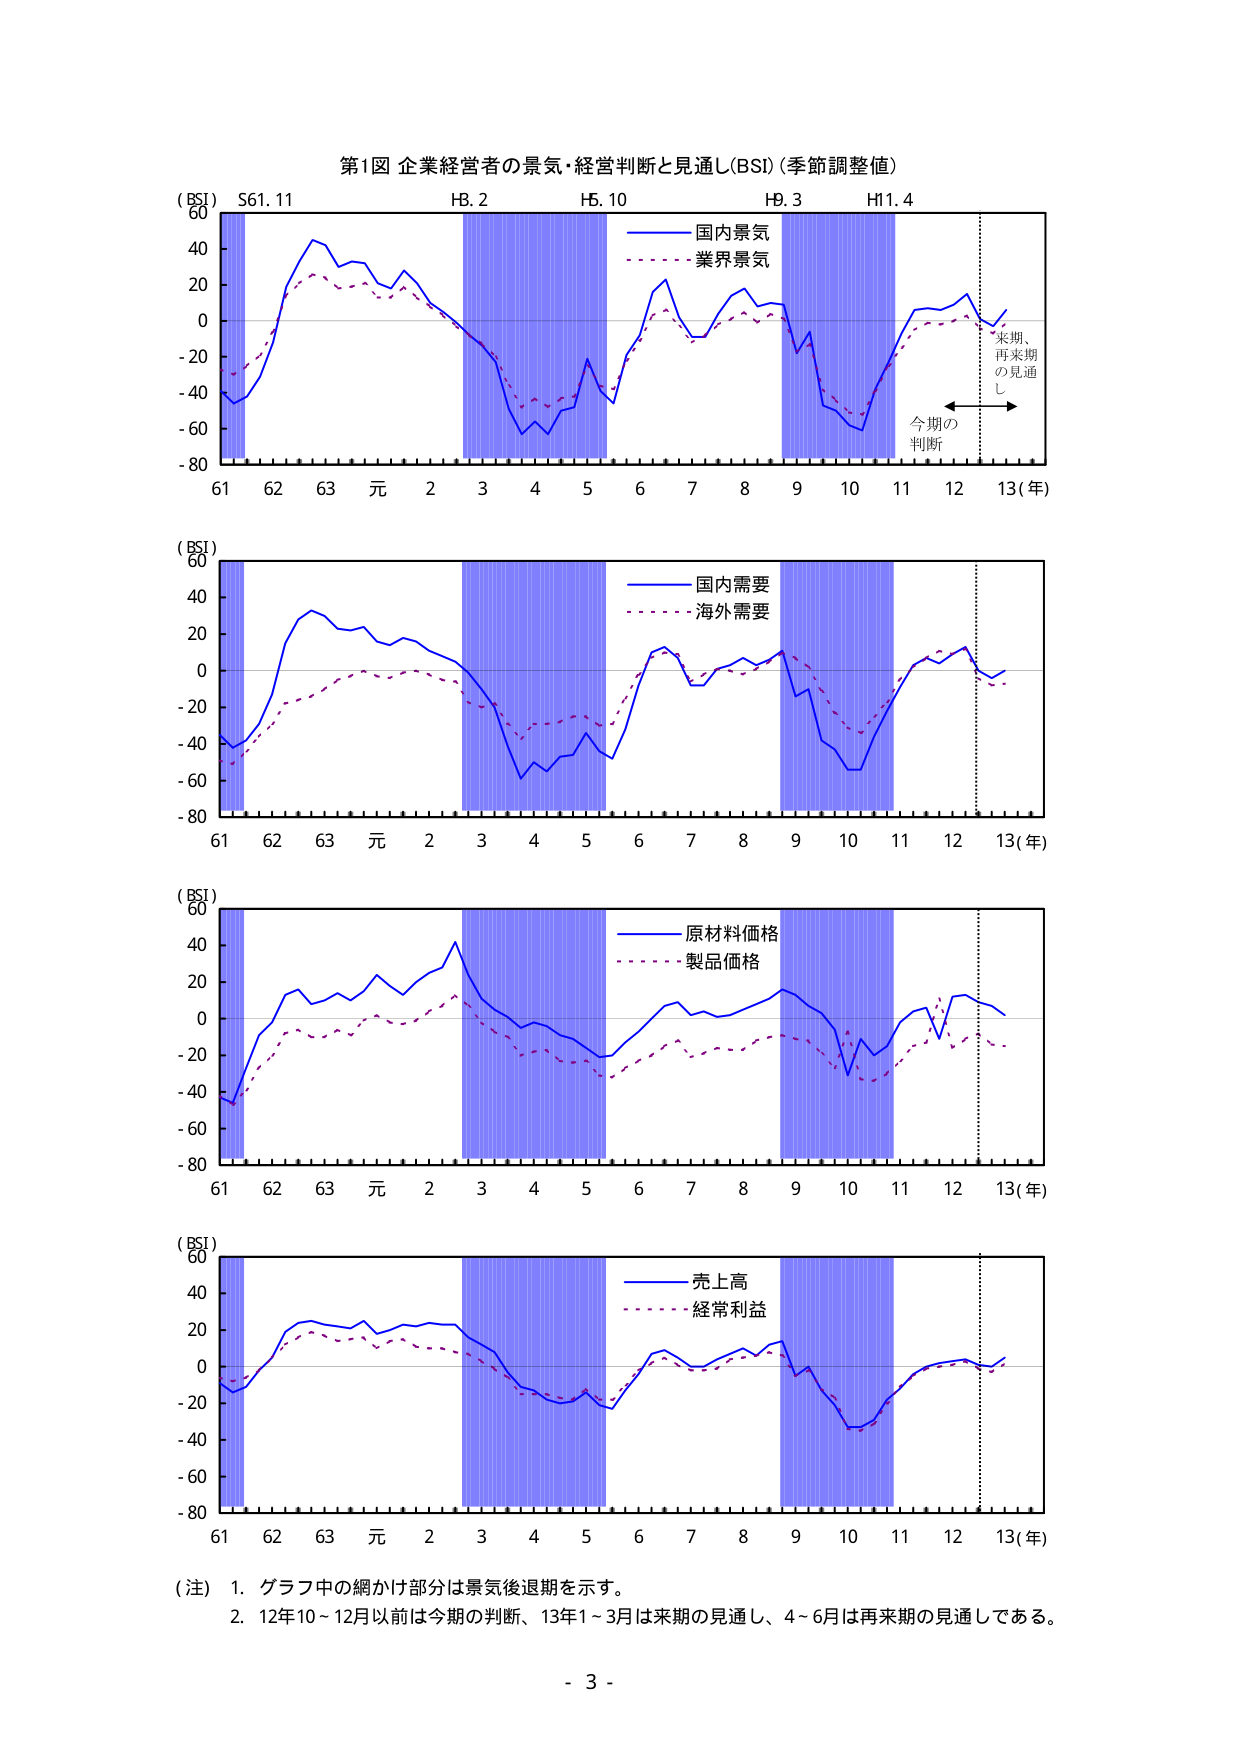
第1図 企業経営者の景気・経営判断と見通し(BSI)（季節調整値）

(BSI)
60
40
20
0
-20
-40
-60
-80

S61.11
H8.2
H5.10
H9.3
H11.4

国内景気
業界景気

61 62 63 元 2 3 4 5 6 7 8 9 10 11 12 13(年)

来期、
再来期
の見通
し

今期の
判断

(BSI)
60
40
20
0
-20
-40
-60
-80

国内需要
海外需要

61 62 63 元 2 3 4 5 6 7 8 9 10 11 12 13(年)

(BSI)
60
40
20
0
-20
-40
-60
-80

原材料価格
製品価格

61 62 63 元 2 3 4 5 6 7 8 9 10 11 12 13(年)

(BSI)
60
40
20
0
-20
-40
-60
-80

売上高
経常利益

61 62 63 元 2 3 4 5 6 7 8 9 10 11 12 13(年)

（注）1. グラフ中の網かけ部分は景気後退期を示す。
2. 12年10～12月以前は今期の判断、13年1～3月は来期の見通し、4～6月は再来期の見通しである。

- 3 -